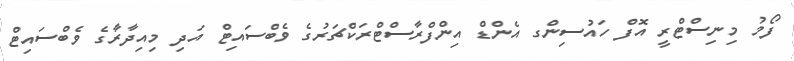
ފޯމު މިނިސްޓްރީ އޮފް ހައުސިންގ އެންޑް އިންފްރާސްޓްރަކްޗަރުގެ ވެބްސައިޓް އަދި މިއިދާރާގެ ވެބްސައިޓް